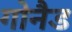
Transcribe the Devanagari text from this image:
गोनैड